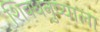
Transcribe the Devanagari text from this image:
शिवधनुष्याला